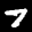
Label: 7